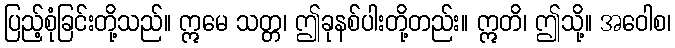
ပြည့်စုံခြင်းတို့သည်။ ဣမေ သတ္တ၊ ဤခုနစ်ပါးတို့တည်း။ ဣတိ၊ ဤသို့။ အဝေါစ၊